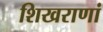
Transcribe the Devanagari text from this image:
शिखराणां